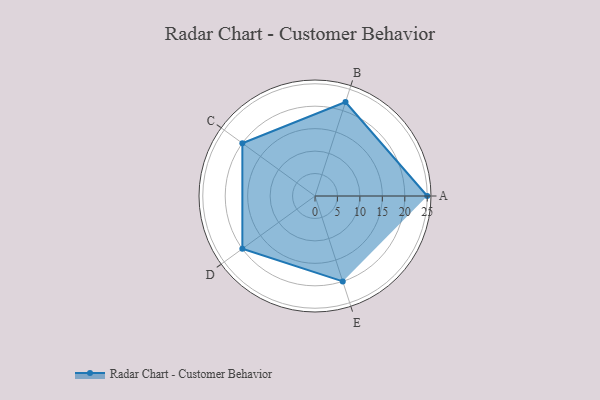
{"axis": {"x": "Skill", "y": "Score"}, "legend": ["Profile"], "data": [{"x": "A", "y": 25.0, "type": "Profile"}, {"x": "B", "y": 22.0, "type": "Profile"}, {"x": "C", "y": 20, "type": "Profile"}, {"x": "D", "y": 20, "type": "Profile"}, {"x": "E", "y": 20, "type": "Profile"}]}